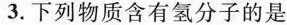
3.下列物质含有氢分子的是 ( )